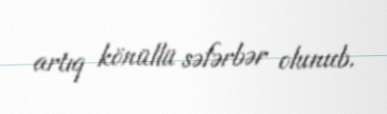
artıq könüllü səfərbər olunub.